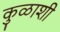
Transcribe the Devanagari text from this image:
कुळाशी